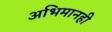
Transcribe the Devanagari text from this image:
अभिमानही